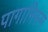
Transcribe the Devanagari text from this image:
पागानिस्म